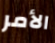
الأمر